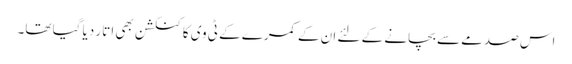
اس صدمے سے بچانے کے لئے ان کے کمرے کے ٹی وی کا کنکشن بھی اتار دیا گیا تھا۔